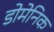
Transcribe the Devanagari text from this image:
डोमेनिक